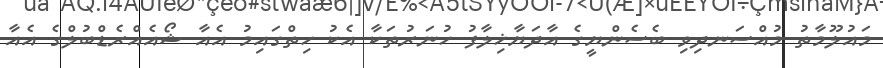
މައުލޫމާތު މުއްސަނދިވި ބެސެންޔީގެ އާދަޔާޚިލާފު ހުނަރުތަކާ އެކު ހިތްގައިމު އެއާ ޝޯއެއްރެޑްބުލްގެ އެއާ